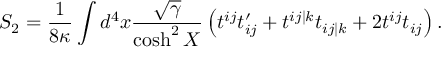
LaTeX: S _ { 2 } = \frac { 1 } { 8 \kappa } \int d ^ { 4 } x \frac { \sqrt { \gamma } } { \cosh ^ { 2 } X } \left( t ^ { i j } t _ { i j } ^ { \prime } + t ^ { i j \vert k } t _ { i j \vert k } + 2 t ^ { i j } t _ { i j } \right) .